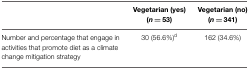
<table><thead><tr><td></td><td><b>Vegetarian (yes) (<i>n</i> = 53)</b></td><td><b>Vegetarian (no) (<i>n</i> = 341)</b></td></tr></thead><tbody><tr><td>Number and percentage that engage in activities that promote diet as a climate change mitigation strategy</td><td>30 (56.6%)<sup>d</sup></td><td>162 (34.6%)</td></tr></tbody></table>